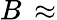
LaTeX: B\, \approx